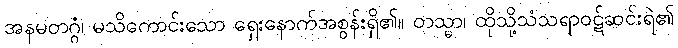
အနမတဂ္ဂံ၊ မသိကောင်းသော ရှေးနောက်အစွန်းရှိ၏။ တသ္မာ၊ ထိုသို့သံသရာဝဋ်ဆင်းရဲ၏